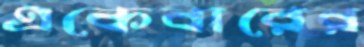
একেবারের